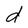
Character: d